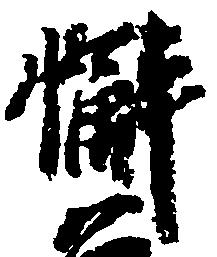
懈